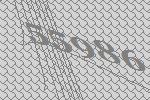
55986